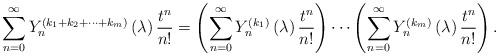
LaTeX: \begin{align*}\sum_{n=0}^{\infty }Y_{n}^{\left( k_{1}+k_{2}+\cdots +k_{m}\right) }\left(\lambda \right) \frac{t^{n}}{n!}=\left( \sum_{n=0}^{\infty }Y_{n}^{\left(k_{1}\right) }\left( \lambda \right) \frac{t^{n}}{n!}\right) \cdots \left(\sum_{n=0}^{\infty }Y_{n}^{\left( k_{m}\right) }\left( \lambda \right) \frac{t^{n}}{n!}\right) . \end{align*}